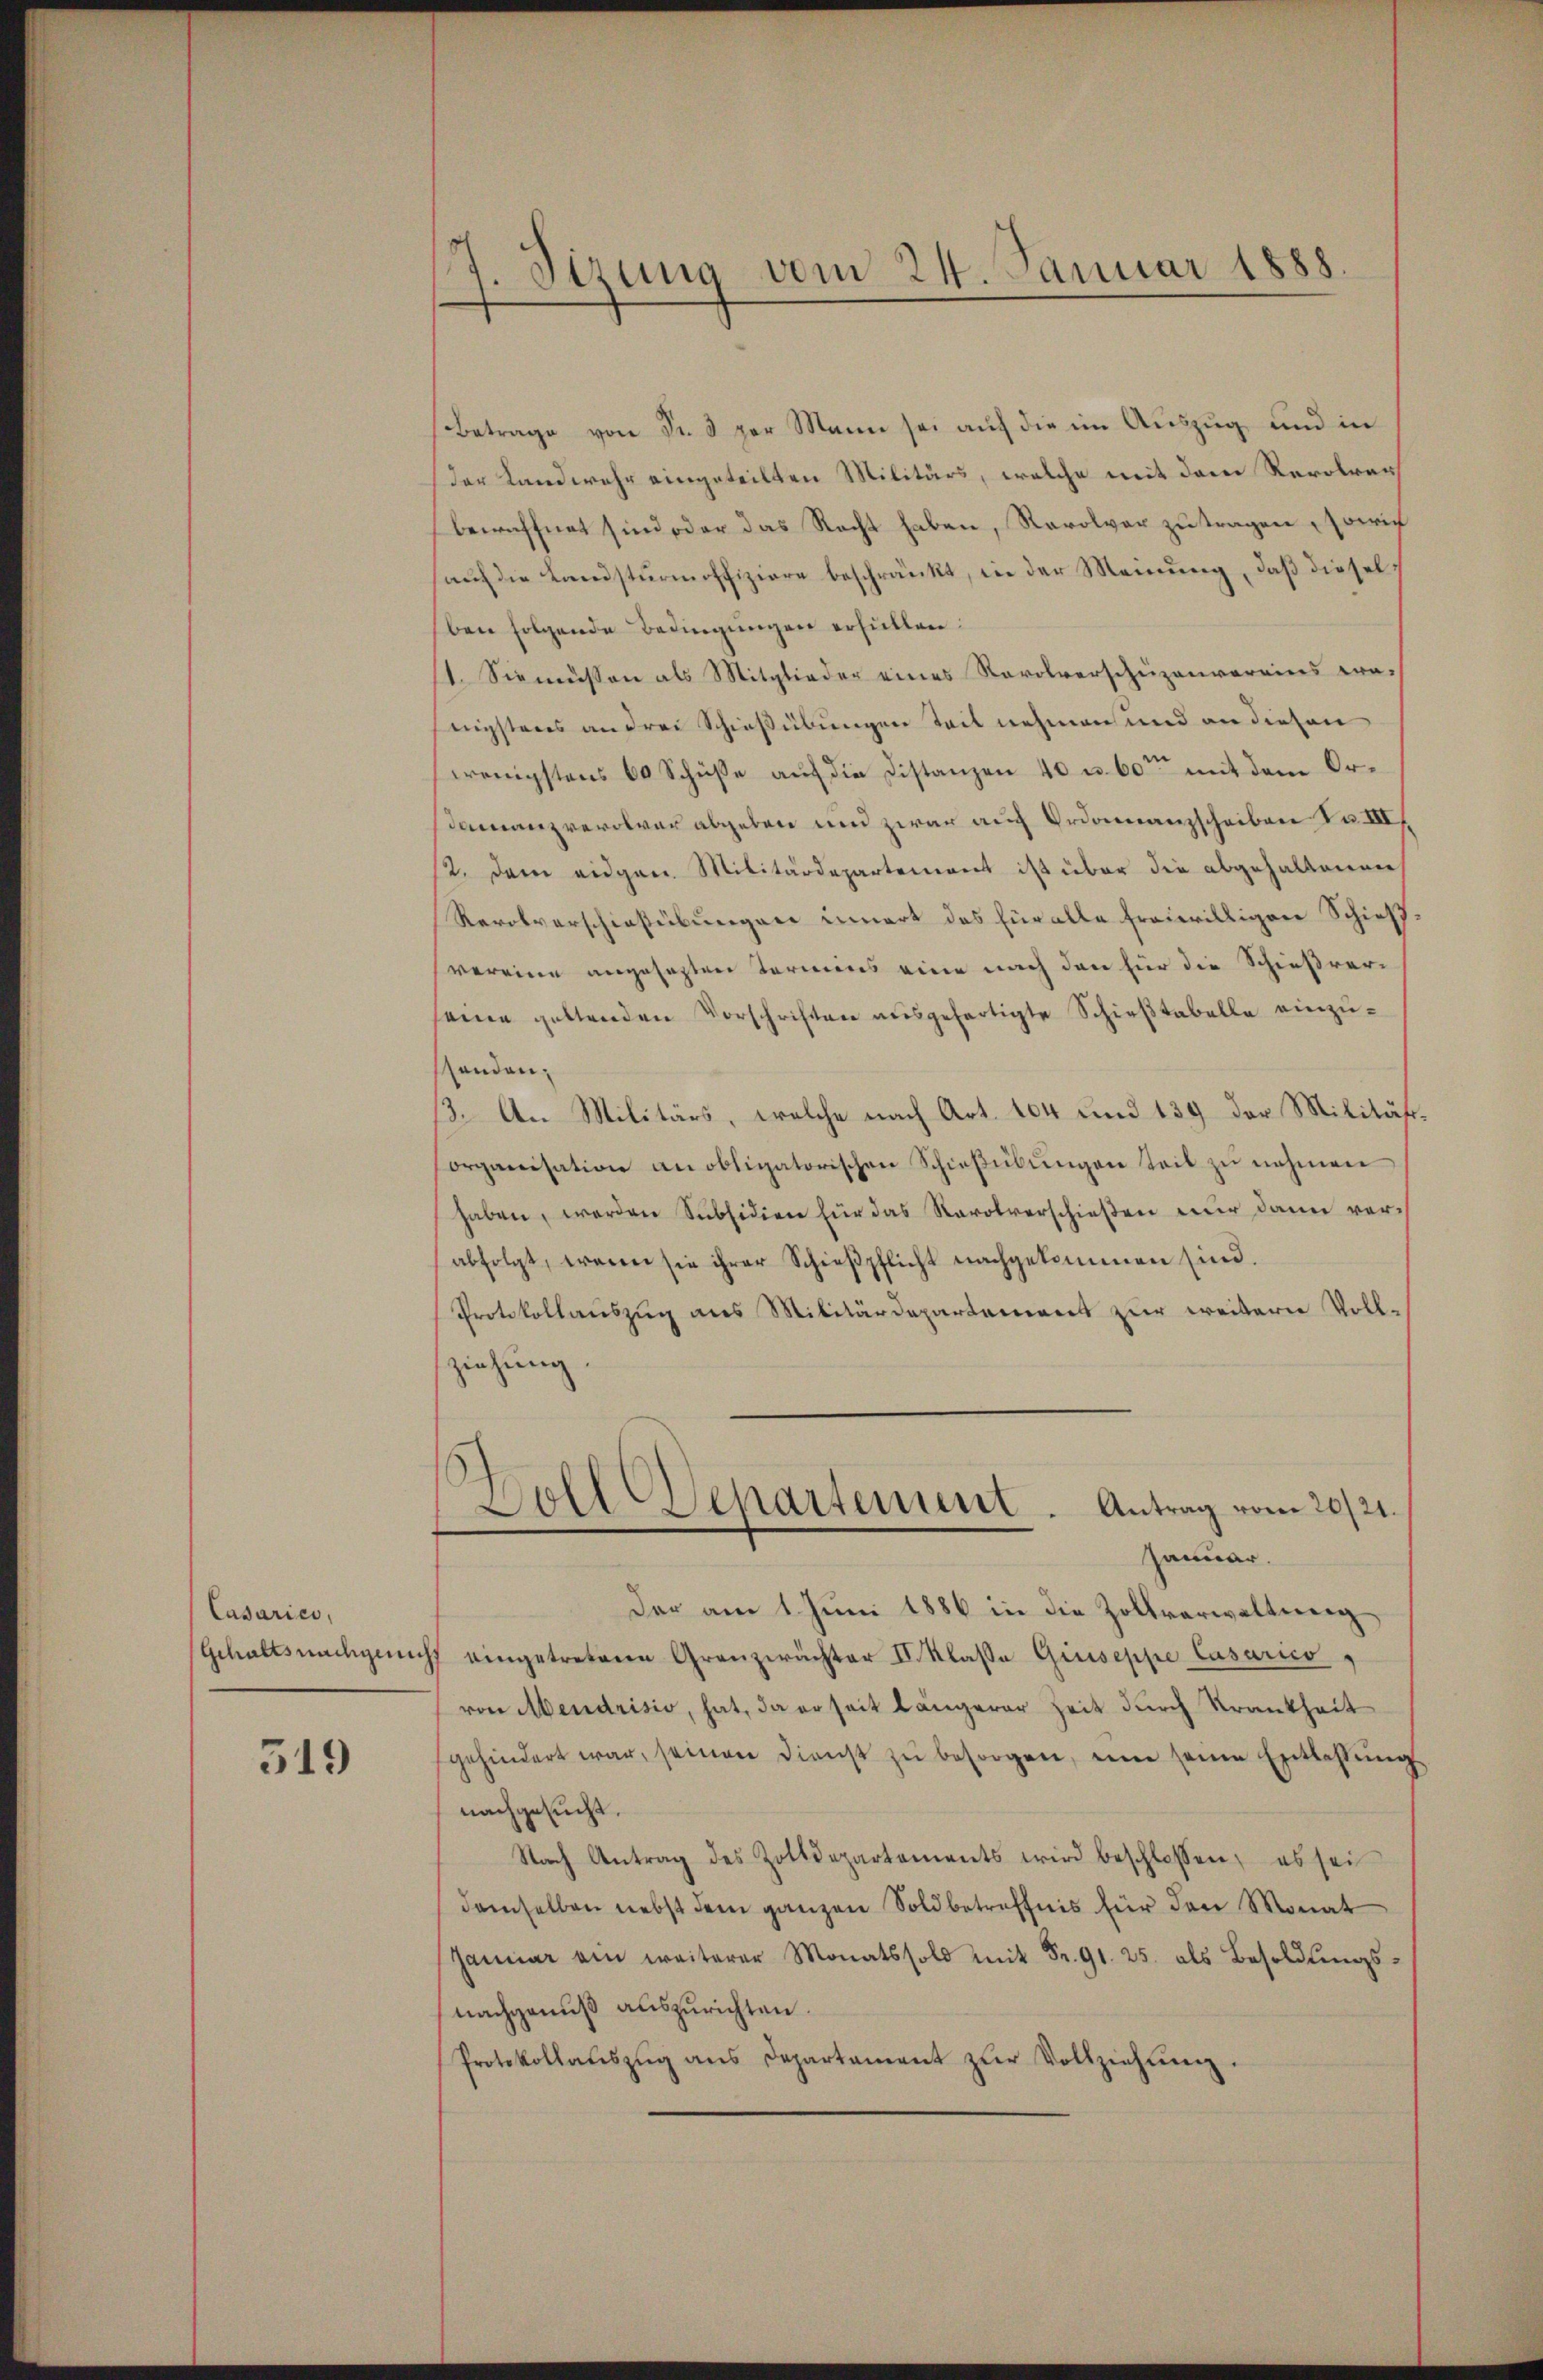
Casariés,

519

7. Sizung vom 24. Januar 1888
4

Betrage von Fr. 3 per Mann sei auf die im Auszug und in
der Landwehr eingeteilten Militärs, welche mit dem Revolver
bewaffnet sind oder das Recht haben, Ravolver zutragen sowie
auf die Landsturmoffiziere beschränkt, in der Meinung, daß diesel
ben folgende Bedingungen erfüllen.
11. Sie müssen als Mitglieder eines Revolverschüzenvereins pro-
nigstens an drei Schießübungen Teil nehmen und an diesen
wenigstens 60 Schüsse auf die Distanzen 40 u. 60ten mit dem Oramanzveroler abgeben und zwar auch Ordonnanzscheiben No III
12. dem eidgen. Militärdepartemont ist über die abgehaltenen
Revolverschießübungen innert das für alle freiwilligen Schießvereine angesezten Termins eine nach den für die Schießrer-
seine geltenden Vorschriften ausgefertigte Schieβtabelle einzustanden.
13. An Militärs, welche nach Art. 104 und 139 der Militärorganisation an obligatorischen Schieβŭbŭngen teil zŭ nehmen
haben, werden Subsidien für das Revolverschießen nur dann ver-
abfolgt, wenn sie ihrer Schieβpflicht nachgekommen sind.
Protokollauszug aus Militärdepartement zur weitern Voll-
ziehung.
Doll Departement. Antrag vom 20./21.
Januar.
Der am 1. Juni 1886 in die Zollverwaltung
Gehaltsnachgeacht eingetretene Grenzerächter II. Klasse Giuseppe Casarico
von Mendrisio, hat, da er seit längerer Zeit durch Krankheit
gehindert war, seinen Dienst zu besorgen, um seine Entlassungs
nachgesucht.
Nach Antrag des Zolldepartements wird beschlossen, es sei
demselben nebst dem ganzen Sold betreffnis für den Monat
Januar am weiterer Monatssold mit Fr. 91. 25. des Besoldŭngs-
nachgenuß auszurichten.
Protokollaŭszŭg ans Departament zŭr Vollziehŭng.